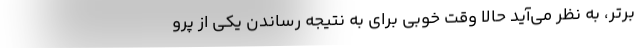
برتر، به نظر می‌آید حالا وقت خوبی برای به نتیجه رساندن یکی از پرو